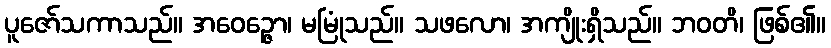
ပူဇော်သကာသည်။ အဝေဉ္ဇော၊ မမြုံသည်။ သဖလော၊ အကျိုးရှိသည်။ ဘဝတိ၊ ဖြစ်၏။